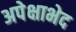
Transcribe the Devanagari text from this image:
अपेक्षाभेद